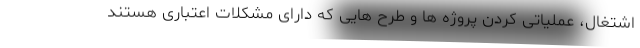
اشتغال، عملیاتی کردن پروژه ها و طرح هایی که دارای مشکلات اعتباری هستند